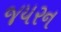
જયરન